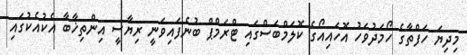
މިދިޔަ ހަފްތާގެ ހޯމަދުވަހު އޮހައިއޯގެ ކޮލަމްބަސްގައި ޓްރަމްޕް ބުނެފައިވަނީ ރިޔާސީ އިންތިޚާބާ އެކުއެކުގައި